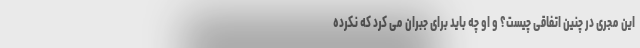
این مجری در چنین اتفاقی چیست؟ و او چه باید برای جبران می کرد که نکرده